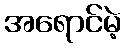
အရောင်မဲ့